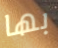
بها